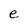
Character: e